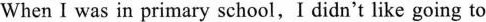
When I was in primary school,I didn't like going to